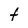
Character: t